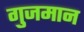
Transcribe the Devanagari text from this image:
गुजमान